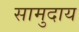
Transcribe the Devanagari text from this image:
सामुदाय